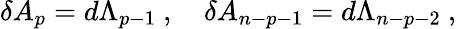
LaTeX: \delta A_{p}=d\Lambda_{p-1}\ ,\quad\delta A_{n-p-1}=d\Lambda_{n-p-2}\ ,